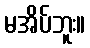
မအိပ်ဘူး။